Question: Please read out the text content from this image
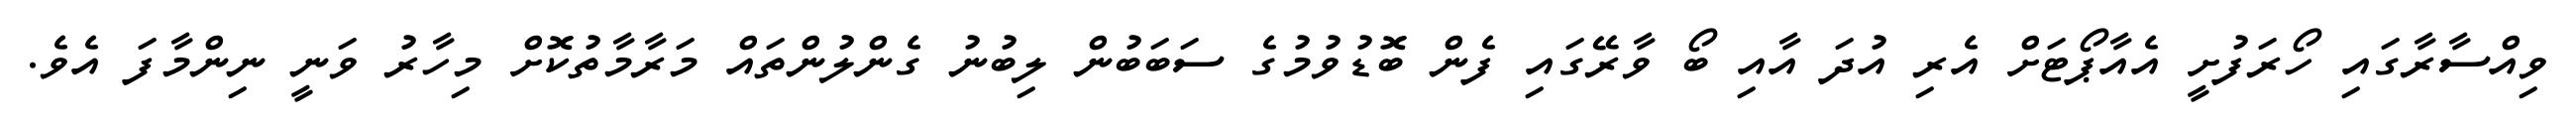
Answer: ވިއްސާރާގައި ހޯރަފުށީ އެއާޕޯޓަށް އެރި އުދަ އާއި ބޯ ވާރޭގައި ފެން ބޮޑުވުމުގެ ސަބަބުން ލިބުނު ގެންލުންތައް މަރާމާތުކޮށް މިހާރު ވަނީ ނިންމާފަ އެވެ.